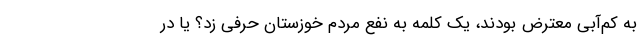
به کم‌آبی معترض بودند، یک کلمه به نفع مردم خوزستان حرفی زد؟ یا در